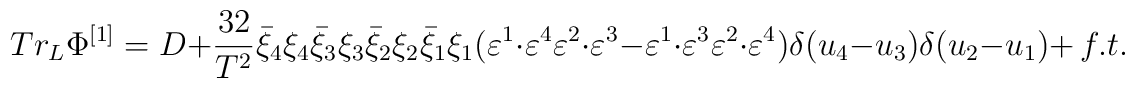
Tr_L \Phi ^{\left[ 1 \right]}  = D + \frac{{32}}{{T^2 }}\bar \xi _4 \xi _4 \bar \xi _3 \xi _3 \bar \xi _2 \xi _2 \bar \xi _1 \xi _1 (\varepsilon ^1  \cdot \varepsilon ^4 \varepsilon ^2  \cdot \varepsilon ^3  - \varepsilon ^1  \cdot \varepsilon ^3 \varepsilon ^2  \cdot \varepsilon ^4 )\delta (u_4  - u_3 )\delta (u_2  - u_1 )+ \, f.t.